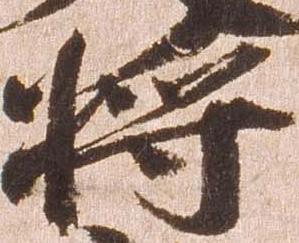
将